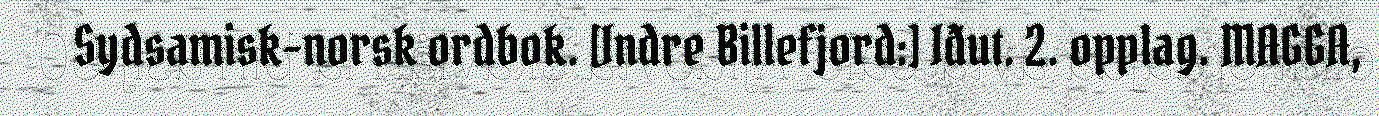
Sydsamisk-norsk ordbok. [Indre Billefjord:] Iđut. 2. opplag. MAGGA,